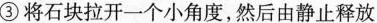
③ 将石块拉开一个小角度，然后由静止释放